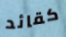
كقائد